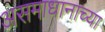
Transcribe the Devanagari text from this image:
असमाधानाच्या